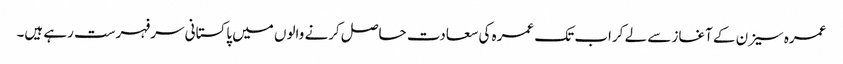
عمرہ سیزن کے آغاز سے لے کراب تک عمرہ کی سعادت حاصل کرنے والوں میں پاکستانی سرفہرست رہے ہیں۔